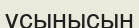
ұсынысын